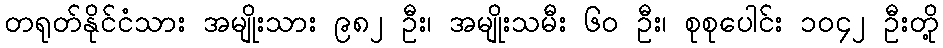
တရုတ်နိုင်ငံသား အမျိုးသား ၉၈၂ ဦး၊ အမျိုးသမီး ၆၀ ဦး၊ စုစုပေါင်း ၁၀၄၂ ဦးတို့